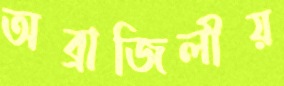
অব্রাজিলীয়